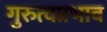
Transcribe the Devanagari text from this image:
गुरुत्वप्रभाव